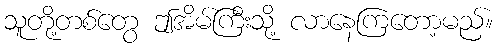
သူတို့တစ်တွေ ဤအိမ်ကြီးသို့ လာနေကြတော့မည်။